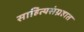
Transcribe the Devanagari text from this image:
साहित्यसंग्रहात